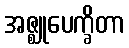
အဇ္ဈုပေက္ခိတာ